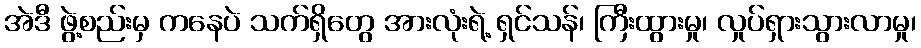
အဲဒီ ဖွဲ့စည်းမှ ကနေပဲ သက်ရှိတွေ အားလုံးရဲ့ ရှင်သန်၊ ကြီးထွားမှု၊ လှုပ်ရှားသွားလာမှု၊